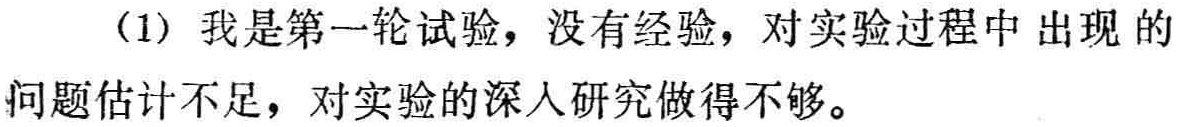
(1) 我是第一轮试验，没有经验，对实验过程中出现的问题估计不足，对实验的深人研究做得不够。